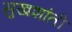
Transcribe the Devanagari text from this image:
सुखशांती